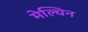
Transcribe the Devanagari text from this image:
मेल्चिन